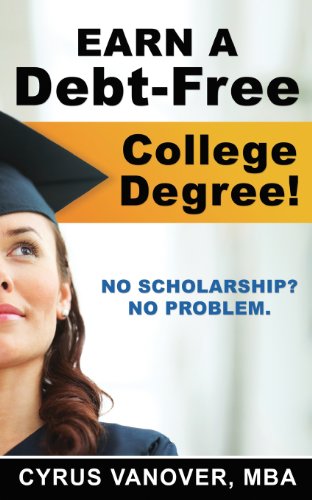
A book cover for Earn A Debt-Free College Degree!: No Scholarship? No Problem.; Cyrus Vanover; Education & Teaching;